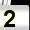
Digit: 2